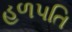
હળપતિ